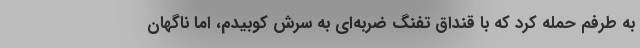
به طرفم حمله کرد که با قنداق تفنگ ضربه‌ای به سرش کوبیدم، اما ناگهان